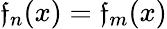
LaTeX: \mathfrak{f}_{n}(x)=\mathfrak{f}_{m}(x)